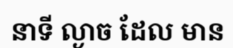
នាទី ល្ងាច ដែល មាន